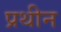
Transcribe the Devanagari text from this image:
प्रथीन